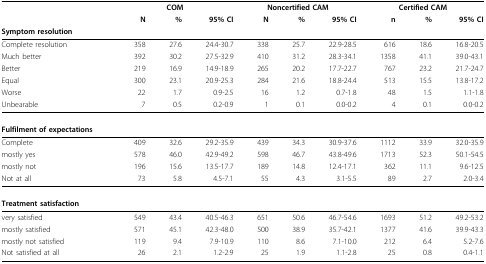
<table><thead><tr><td></td><td colspan="3"><b>COM</b></td><td colspan="3"><b>Noncertified CAM</b></td><td colspan="3"><b>Certified CAM</b></td></tr><tr><td></td><td><b>N</b></td><td><b>%</b></td><td><b>95% CI</b></td><td><b>N</b></td><td><b>%</b></td><td><b>95% CI</b></td><td><b>n</b></td><td><b>%</b></td><td><b>95% CI</b></td></tr><tr><td><b>Symptom resolution</b></td><td></td><td></td><td></td><td></td><td></td><td></td><td></td><td></td><td></td></tr></thead><tbody><tr><td>Complete resolution</td><td>358</td><td>27.6</td><td>24.4-30.7</td><td>338</td><td>25.7</td><td>22.9-28.5</td><td>616</td><td>18.6</td><td>16.8-20.5</td></tr><tr><td>Much better</td><td>392</td><td>30.2</td><td>27.5-32.9</td><td>410</td><td>31.2</td><td>28.3-34.1</td><td>1358</td><td>41.1</td><td>39.0-43.1</td></tr><tr><td>Better</td><td>219</td><td>16.9</td><td>14.9-18.9</td><td>265</td><td>20.2</td><td>17.7-22.7</td><td>767</td><td>23.2</td><td>21.7-24.7</td></tr><tr><td>Equal</td><td>300</td><td>23.1</td><td>20.9-25.3</td><td>284</td><td>21.6</td><td>18.8-24.4</td><td>513</td><td>15.5</td><td>13.8-17.2</td></tr><tr><td>Worse</td><td>22</td><td>1.7</td><td>0.9-2.5</td><td>16</td><td>1.2</td><td>0.7-1.8</td><td>48</td><td>1.5</td><td>1.1-1.8</td></tr><tr><td>Unbearable</td><td>7</td><td>0.5</td><td>0.2-0.9</td><td>1</td><td>0.1</td><td>0.0-0.2</td><td>4</td><td>0.1</td><td>0.0-0.2</td></tr><tr><td><b>Fulfilment of expectations</b></td><td></td><td></td><td></td><td></td><td></td><td></td><td></td><td></td><td></td></tr><tr><td>Complete</td><td>409</td><td>32.6</td><td>29.2-35.9</td><td>439</td><td>34.3</td><td>30.9-37.6</td><td>1112</td><td>33.9</td><td>32.0-35.9</td></tr><tr><td>mostly yes</td><td>578</td><td>46.0</td><td>42.9-49.2</td><td>598</td><td>46.7</td><td>43.8-49.6</td><td>1713</td><td>52.3</td><td>50.1-54.5</td></tr><tr><td>mostly not</td><td>196</td><td>15.6</td><td>13.5-17.7</td><td>189</td><td>14.8</td><td>12.4-17.1</td><td>362</td><td>11.1</td><td>9.6-12.5</td></tr><tr><td>Not at all</td><td>73</td><td>5.8</td><td>4.5-7.1</td><td>55</td><td>4.3</td><td>3.1-5.5</td><td>89</td><td>2.7</td><td>2.0-3.4</td></tr><tr><td><b>Treatment satisfaction</b></td><td></td><td></td><td></td><td></td><td></td><td></td><td></td><td></td><td></td></tr><tr><td>very satisfied</td><td>549</td><td>43.4</td><td>40.5-46.3</td><td>651</td><td>50.6</td><td>46.7-54.6</td><td>1693</td><td>51.2</td><td>49.2-53.2</td></tr><tr><td>mostly satisfied</td><td>571</td><td>45.1</td><td>42.3-48.0</td><td>500</td><td>38.9</td><td>35.7-42.1</td><td>1377</td><td>41.6</td><td>39.9-43.3</td></tr><tr><td>mostly not satisfied</td><td>119</td><td>9.4</td><td>7.9-10.9</td><td>110</td><td>8.6</td><td>7.1-10.0</td><td>212</td><td>6.4</td><td>5.2-7.6</td></tr><tr><td>Not satisfied at all</td><td>26</td><td>2.1</td><td>1.2-2.9</td><td>25</td><td>1.9</td><td>1.1-2.8</td><td>25</td><td>0.8</td><td>0.4-1.1</td></tr></tbody></table>